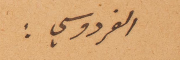
الفردوسي: صدقوا يا مولاي.